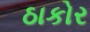
ઠાકોર